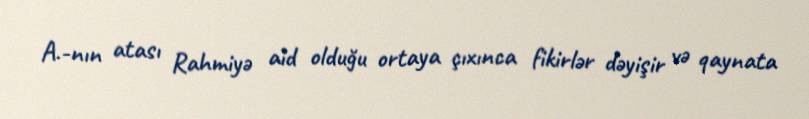
A.-nın atası Rahmiyə aid olduğu ortaya çıxınca fikirlər dəyişir və qaynata